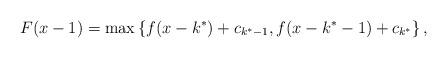
LaTeX: \begin{align*}F(x-1) = \max\left\lbrace f(x-k^*) +c_{k^*-1}, f(x-k^*-1) +c_{k^*}\right\rbrace,\end{align*}